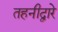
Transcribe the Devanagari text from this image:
तहनीद्वारे